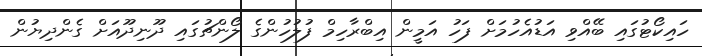
ހައިކޯޓުގައި ބޭއްވި އަޑުއެހުމަށް ފަހު އަމީން އިބްރާހިމް ފުލުހުންގެ ލޯންޗުގައި ދޫނިދޫއަށް ގެންދިޔުން